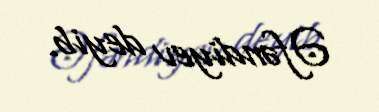
Əfəndiyev deyib.